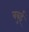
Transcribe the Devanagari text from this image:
बबुई